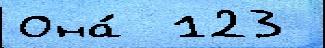
Она́  123